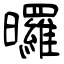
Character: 曪